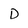
Character: D